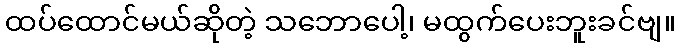
ထပ်ထောင်မယ်ဆိုတဲ့ သဘောပေါ့၊ မထွက်ပေးဘူးခင်ဗျ။